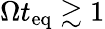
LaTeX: \Omega t_{\mathrm{eq}}\gtrsim 1